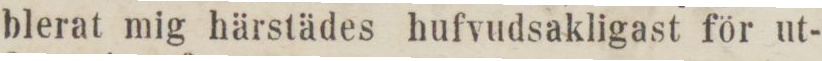
blerat mig härstädes hufvudsakligast för ut-